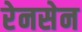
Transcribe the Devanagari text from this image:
रेनसेन